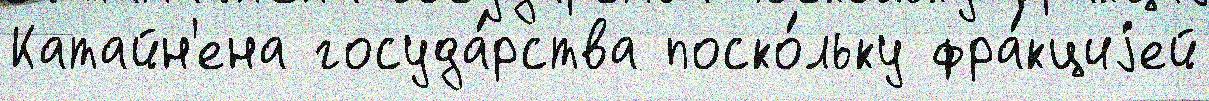
Катайн'ена госуда́рства поско́льку фра́кциjей